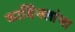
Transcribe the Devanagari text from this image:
कार्डिनलांचा